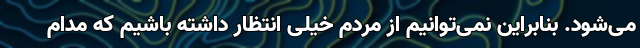
می‌شود. بنابراین نمی‌توانیم از مردم خیلی انتظار داشته باشیم که مدام